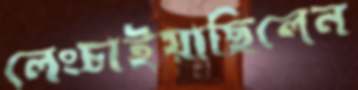
লেংচাইয়াছিলেন